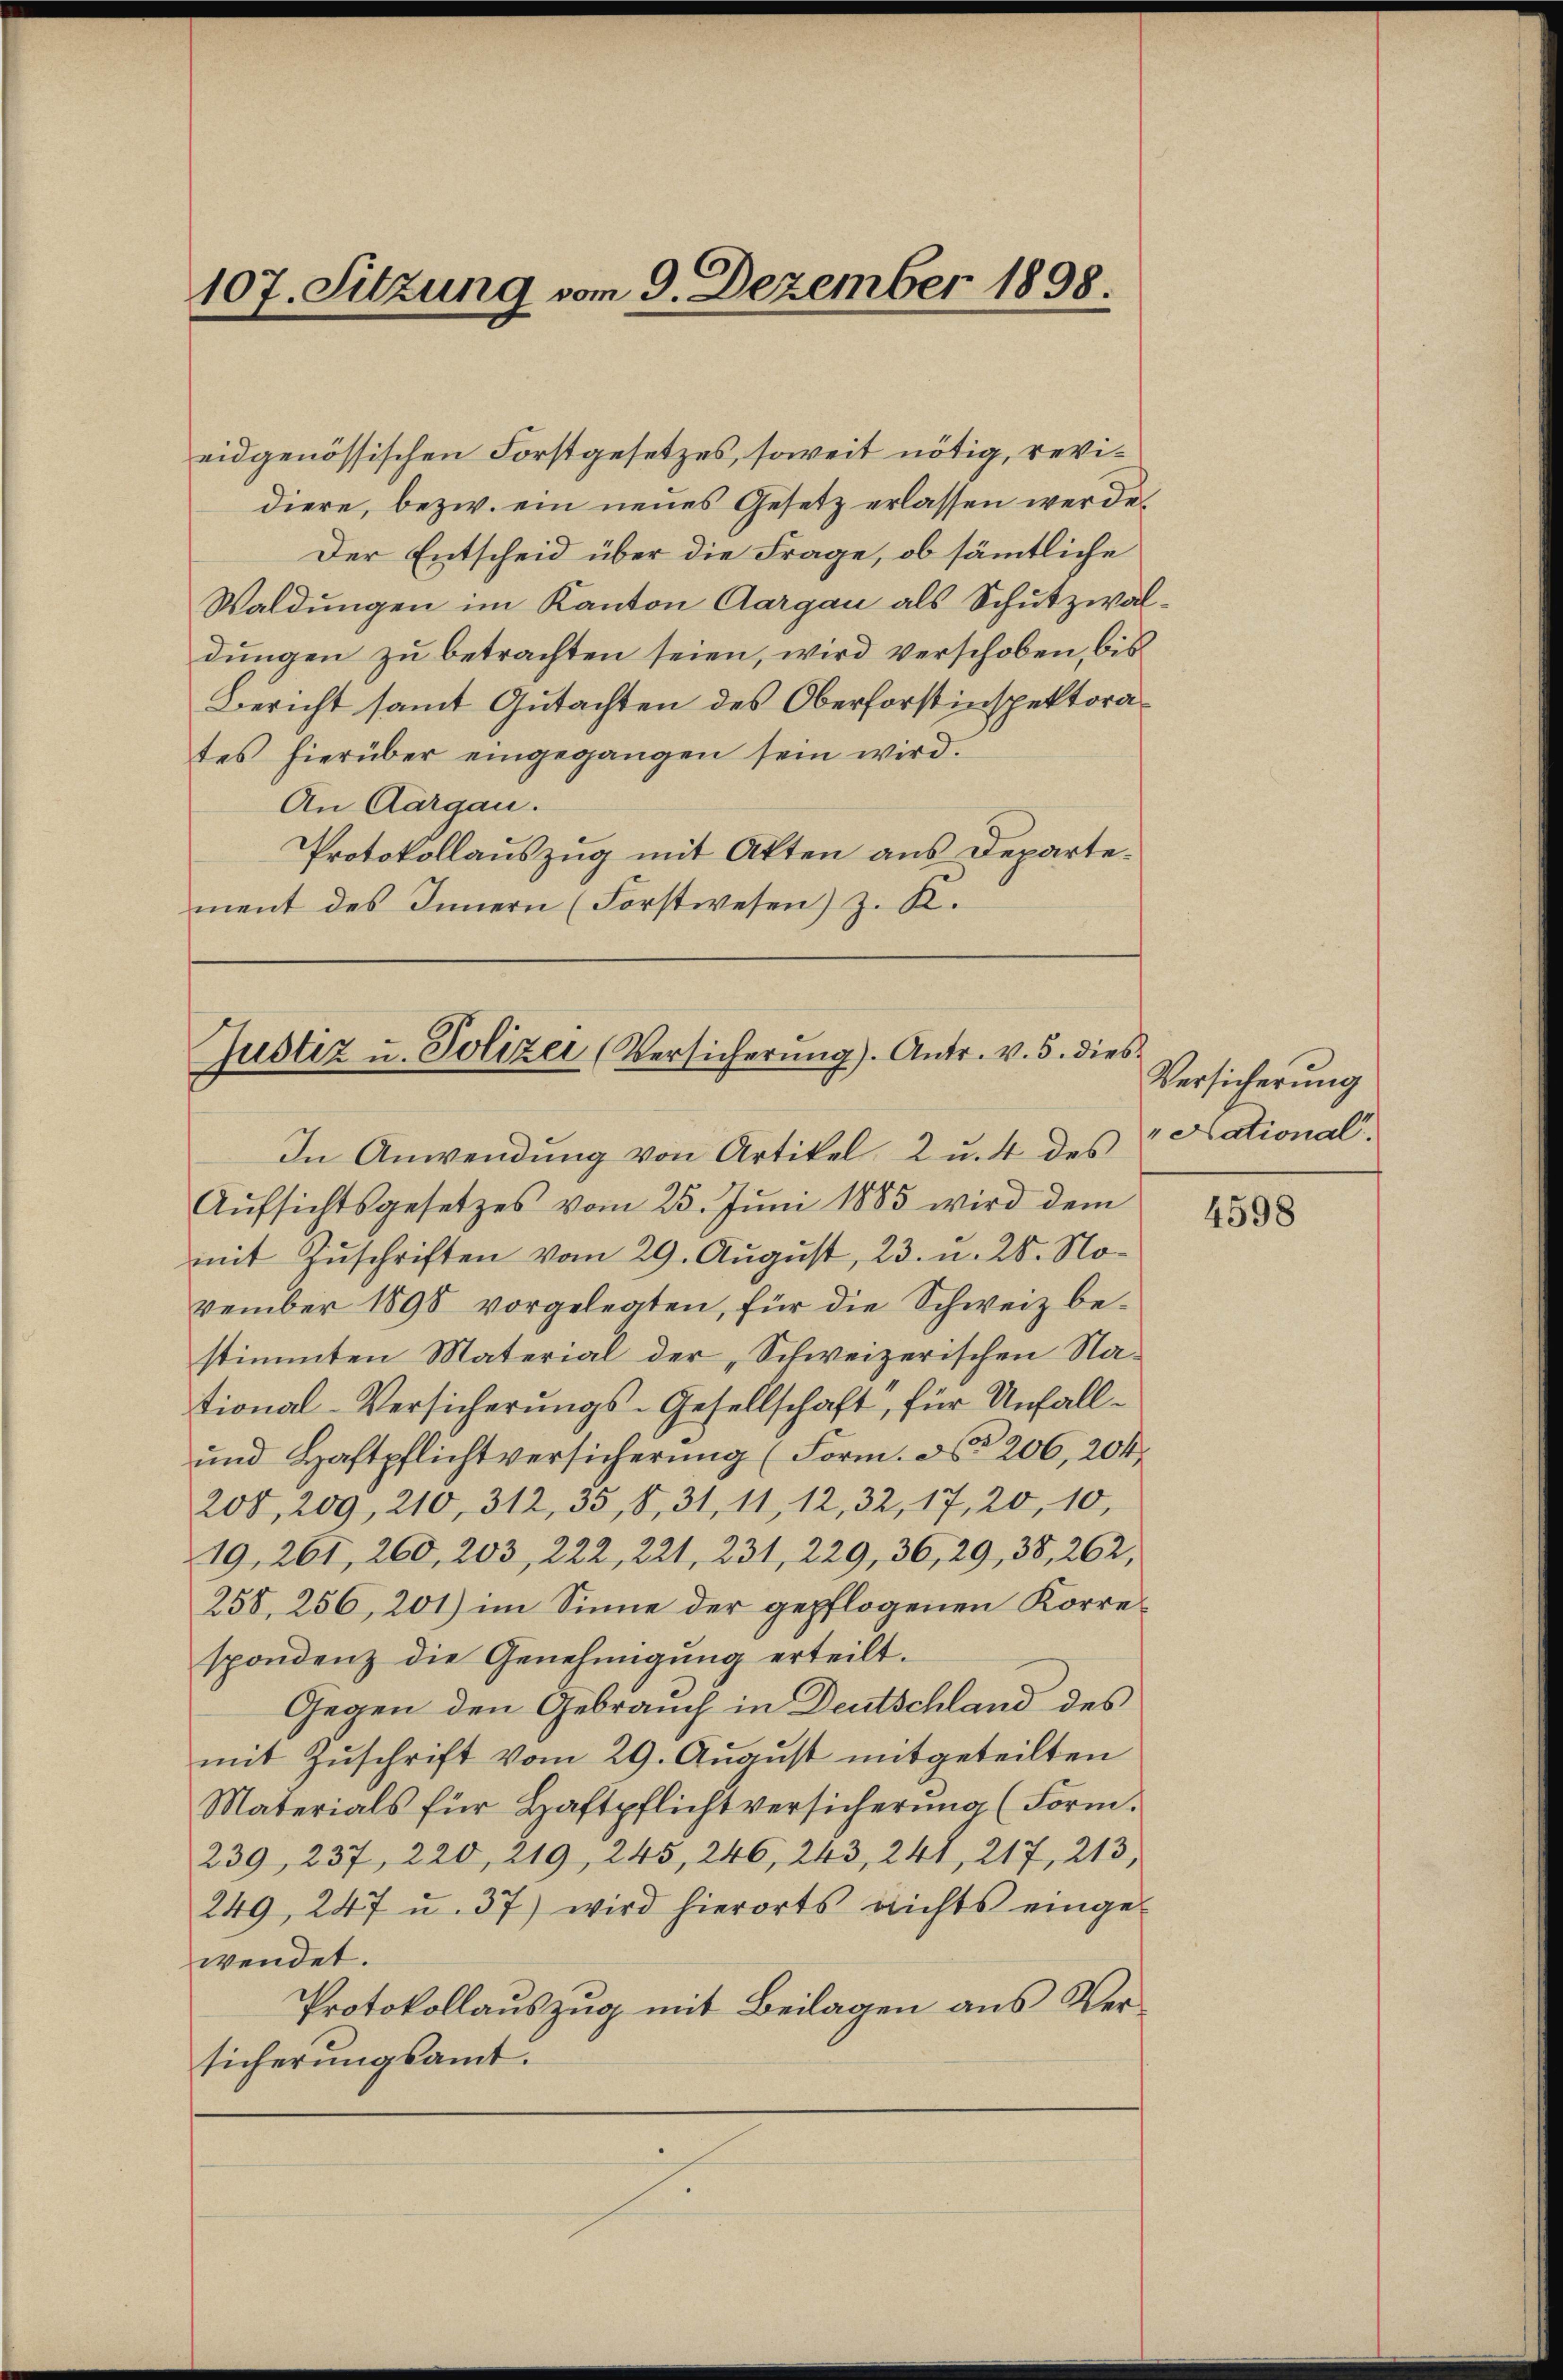
107. Sitzung vom 9. Dezember 1898.

eidgenössischen Forstgesetzes, soweit nötig, revidiere, bezw. ein neues Gesetz erlassen werde.
Der Entscheid über die Frage, ob sämmtliche
Waldungen im Kanton Aargau als Schutzwaldungen zu betrachten seien, wird verschoben, bis
Bericht samt Gutachten des Oberforstinspektorates hierüber eingegangen sein wird.
An Aargau.
Protokollauszug mit Akten aus Departement des Innern (Forstwesen) z. K.

Justiz u. Polizei (Versicherŭng). Antr. v. 5. dies

In Anwendung von Artikel, 2 u. 4 des
Aŭfsichtsgesetzes vom 25. Jŭni 1885 wird dem
mit Zuschriften vom 29. August, 23. u. 28. November 1898 vorgelegten, für die Schweiz bestimmten Material der „Schweizerischen National-Versicherungs-Gesellschaft, für Unfall¬
und Haftpflichtversicherŭng (Form. No 206, 204
200, 209, 210, 312, 35, 8, 31, 11, 12, 32, 17, 20, 10,
19, 261, 260, 203, 222, 221, 231, 229, 36, 29, 38, 262,
258, 256, 201) im Sinne der gepflogenen Korrespondenz die Genehmigŭng erteilt.
Gegen den Gebrauch in Deutschland des
mit Zŭschrift vom 29. August mitgeteilten
Materials für Haftpflichtversicherung (Form.
239, 237, 220, 219, 245, 246, 243, 241, 217, 213,
249, 247 u. 37) wird hierorts nichts einge-
wendet.
Protokollauszug mit Beilagen aus Versicherungsamt.

Versicherung
" National.

4598